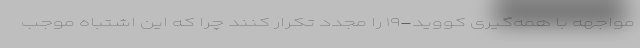
مواجهه با همه‌گیری کووید-۱۹ را مجدد تکرار کنند چرا که این اشتباه موجب